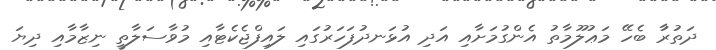
ދަތުރުާ ބެހޭ މަޢުލޫމާތު އެންގުމަށާއި އަދި އުޅަނދުފަހަރުގައި ލައިފްޖެކެޓާއި މުވާސަލާތީ ނިޒާމާއި ދިޔަ